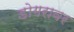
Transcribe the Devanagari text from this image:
डोगरावर